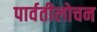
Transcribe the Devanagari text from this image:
पार्वतीलोचन